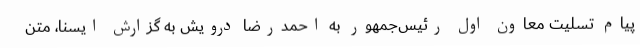
پیام تسلیت معاون اول رئیس‌جمهور به احمدرضا درویش به گزارش ایسنا، متن